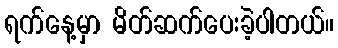
ရက်နေ့မှာ မိတ်ဆက်ပေးခဲ့ပါတယ်။